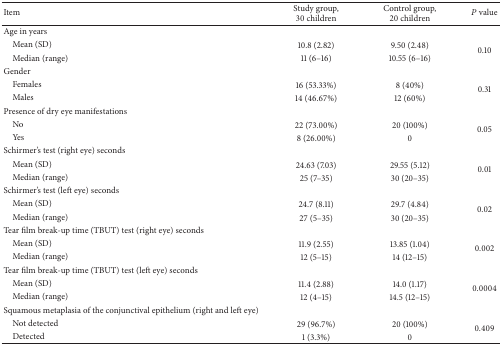
<table><thead><tr><td><b>Item</b></td><td><b>Study group,30 children</b></td><td><b>Control group,20 children</b></td><td><b><i>P</i> value</b></td></tr></thead><tbody><tr><td>Age in years</td><td> </td><td> </td><td> </td></tr><tr><td> Mean (SD)</td><td>10.8 (2.82)</td><td>9.50 (2.48)</td><td rowspan="2">0.10</td></tr><tr><td> Median (range)</td><td>11 (6–16)</td><td>10.55 (6–16)</td></tr><tr><td>Gender</td><td> </td><td> </td><td> </td></tr><tr><td> Females</td><td>16 (53.33%)</td><td>8 (40%)</td><td rowspan="2">0.31</td></tr><tr><td> Males</td><td>14 (46.67%)</td><td>12 (60%)</td></tr><tr><td>Presence of dry eye manifestations</td><td> </td><td> </td><td> </td></tr><tr><td> No</td><td>22 (73.00%)</td><td>20 (100%)</td><td rowspan="2">0.05</td></tr><tr><td> Yes</td><td>8 (26.00%)</td><td>0</td></tr><tr><td>Schirmer&#x27;s test (right eye) seconds</td><td> </td><td> </td><td> </td></tr><tr><td> Mean (SD)</td><td>24.63 (7.03)</td><td>29.55 (5.12)</td><td rowspan="2">0.01</td></tr><tr><td> Median (range)</td><td>25 (7–35)</td><td>30 (20–35)</td></tr><tr><td>Schirmer&#x27;s test (left eye) seconds</td><td> </td><td> </td><td> </td></tr><tr><td> Mean (SD)</td><td>24.7 (8.11)</td><td>29.7 (4.84)</td><td rowspan="2">0.02</td></tr><tr><td> Median (range)</td><td>27 (5–35)</td><td>30 (20–35)</td></tr><tr><td>Tear film break-up time (TBUT) test (right eye) seconds</td><td> </td><td> </td><td> </td></tr><tr><td> Mean (SD)</td><td>11.9 (2.55)</td><td>13.85 (1.04)</td><td rowspan="2">0.002</td></tr><tr><td> Median (range)</td><td>12 (5–15)</td><td>14 (12–15)</td></tr><tr><td>Tear film break-up time (TBUT) test (left eye) seconds</td><td> </td><td> </td><td> </td></tr><tr><td> Mean (SD)</td><td>11.4 (2.88)</td><td>14.0 (1.17)</td><td rowspan="2">0.0004</td></tr><tr><td> Median (range)</td><td>12 (4–15)</td><td>14.5 (12–15)</td></tr><tr><td>Squamous metaplasia of the conjunctival epithelium (right and left eye)</td><td> </td><td> </td><td> </td></tr><tr><td> Not detected</td><td>29 (96.7%)</td><td>20 (100%)</td><td rowspan="2">0.409</td></tr><tr><td> Detected</td><td>1 (3.3%)</td><td>0</td></tr></tbody></table>